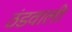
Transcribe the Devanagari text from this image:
ठंडवाली